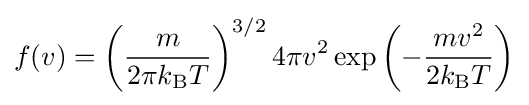
f(v)=\left({\frac {m}{2\pi k_{\text{B}}T}}\right)^{3/2}4\pi v^{2}\exp \left(-{\frac {mv^{2}}{2k_{\text{B}}T}}\right)